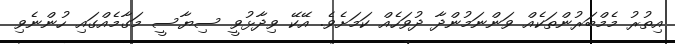
އިތުރު މެމްބަރުންތަކެއް ވަންނަމުންދާ ދުވަހެއް ކަމަށެވެ. އޭކޭ ވިދާޅުވީ ސިޔާސީ މަގާމެއްގައި ހުންނެވި